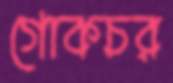
গোকচর